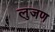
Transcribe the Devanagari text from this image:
लुजण